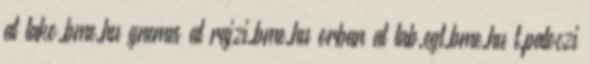
at lako.bme.hu gnemes at rajzi.bme.hu orban at lab.egt.bme.hu t.paloczi